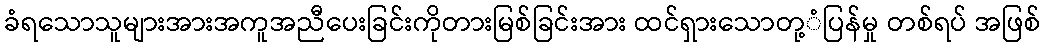
ခံရသောသူများအားအကူအညီပေးခြင်းကိုတားမြစ်ခြင်းအား ထင်ရှားသောတု့ံပြန်မှု တစ်ရပ် အဖြစ်